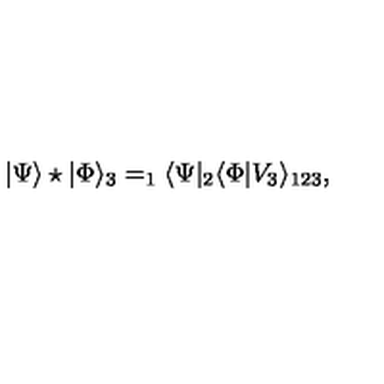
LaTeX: | \Psi \rangle \star | \Phi \rangle _ { 3 } = _ { 1 } \langle \Psi | _ { 2 } \langle \Phi | V _ { 3 } \rangle _ { 1 2 3 } ,